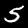
Digit: 5